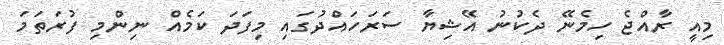
މިއީ ރާއްޖެ ހިމެނޭ ދެކުނު އޭޝިޔާ ސަރަހައްދުގައި މިފަދަ ކަމެއް ނިންމި ފުރަތަމަ